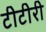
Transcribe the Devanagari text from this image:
टीटीरी